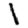
Digit: 1